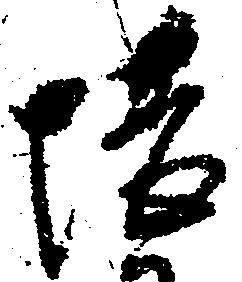
堪